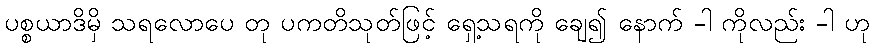
ပစ္စယာဒိမှိ သရလောပေ တု ပကတိသုတ်ဖြင့် ရှေ့သရကို ချေ၍ နောက် -ါ ကိုလည်း -ါ ဟု